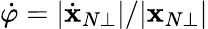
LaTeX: \dot{\varphi}=|\dot{\mathbf x}_{N\bot}|/|{\mathbf x}_{N\bot}|